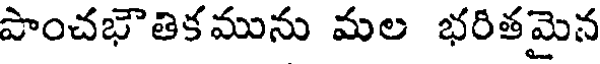
పాంచభౌతికమును మల భరితమైన